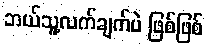
ဘယ်သူ့လက်ချက်ပဲ ဖြစ်ဖြစ်